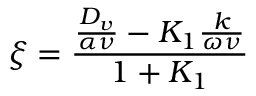
\xi = \frac { \frac { D _ { v } } { \alpha \nu } - K _ { 1 } \frac { k } { \omega \nu } } { 1 + K _ { 1 } }